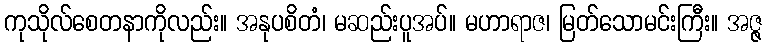
ကုသိုလ်စေတနာကိုလည်း။ အနုပစိတံ၊ မဆည်းပူအပ်။ မဟာရာဇ၊ မြတ်သောမင်းကြီး။ အဇ္ဇ